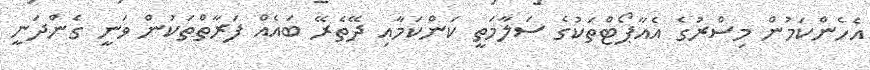
އެހެންކަމުން މިސްރުގެ އެއާޕޯޓްތަކުގެ ސަލާމަތީ ކަންކަމާއި ދޭތެރޭ ބައެއް ފަރާތްތަކުން ވަނީ ގެންދަނީ